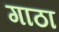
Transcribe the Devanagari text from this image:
गाठा